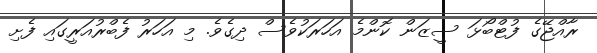
ރާއްޖޭގެ ފުޓްބޯޅަ ސީޒަން ކޮންމެ އަހަރަކުވެސް ދިގެވެ. މި އަހަރު ފެބްރުއަރީގައި ފެށި